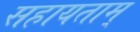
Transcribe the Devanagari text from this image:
सहायताम्